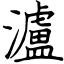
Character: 瀘